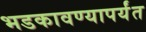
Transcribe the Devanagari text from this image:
भडकावण्यापर्यंत